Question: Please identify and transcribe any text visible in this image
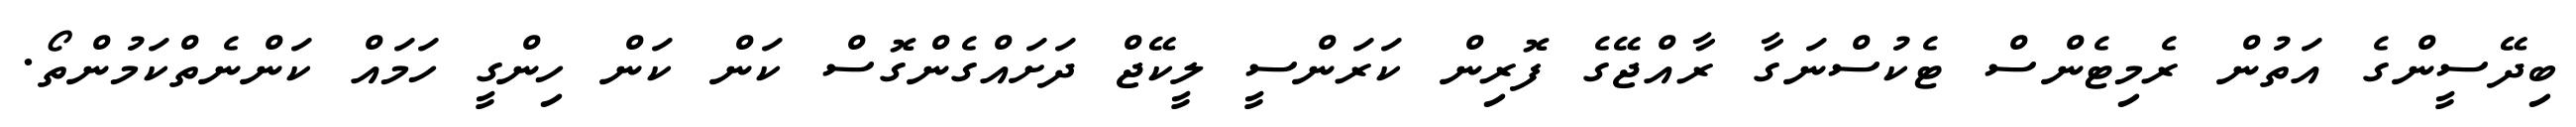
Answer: ބިދޭސީންގެ އަތުން ރެމިޓެންސް ޓެކުސްނަގާ ރާއްޖޭގެ ފޮރިން ކަރަންސީ ލީކޭޖް ދަށައްގެންގޮސް ކަން ކަން ހިންގީ ހަމައް ކަންނެތްކަމުންތޯ.